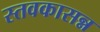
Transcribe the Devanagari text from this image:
स्तवकासन्न